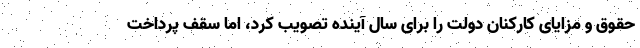
حقوق و مزایای کارکنان دولت را برای سال آینده تصویب کرد، اما سقف پرداخت